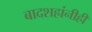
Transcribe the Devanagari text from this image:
बादशहांनीही